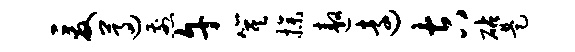
爰遵煎午箕操遨远吉砧是